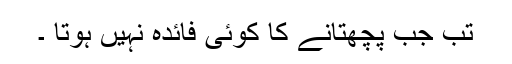
تب جب پچھتانے کا کوئی فائدہ نہیں ہوتا ۔